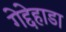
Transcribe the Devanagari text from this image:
गेद्देहाडा